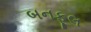
બનફૂલ